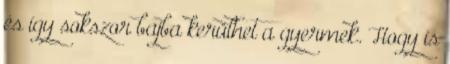
és így sokszor bajba kerülhet a gyermek. Hogy is